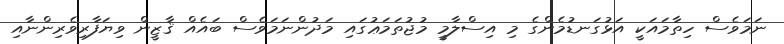
ނަމަވެސް ހިތާމައަކީ އަޅުގަނޑުމެންގެ މި އިސްލާމީ މުޖުތަމަޢުގައި މަދުންނަމަވެސް ބައެއް ޤާޒީން ވިޔަފާރިވެރިންނާއި